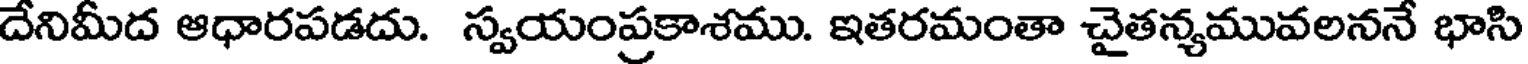
దేనిమీద ఆధారపడదు. స్వయంప్రకాశము. ఇతరమంతా చైతన్యమువలననే భాసి